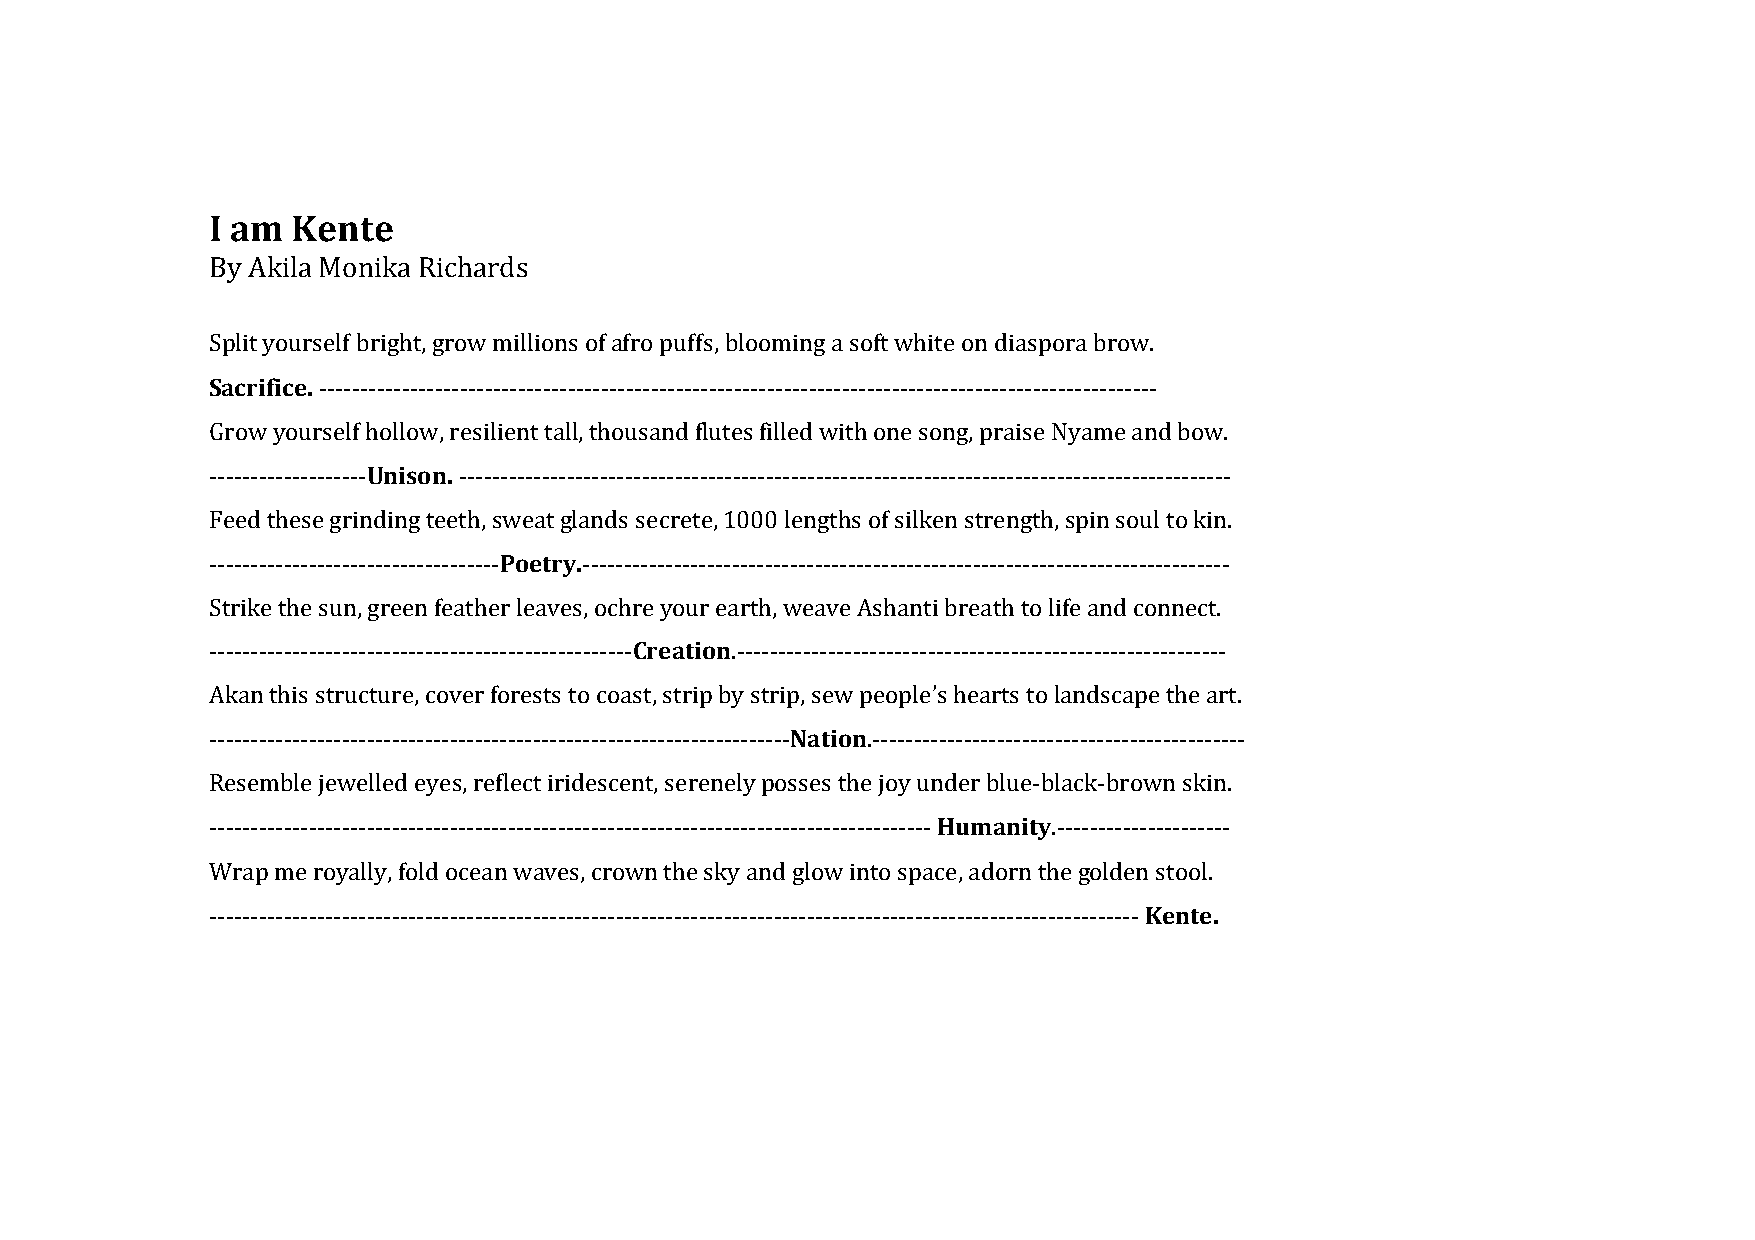
I am Kente
 By Akila Monika Richards
 Split yourself bright, grow millions of afro puffs, blooming a soft white on diaspora brow.
 Sacrifice. -----------------------------------------------------------------------------------------------------
 Grow yourself hollow, resilient tall, thousand flutes filled with one song, praise Nyame and bow.
 -------------------Unison. ---------------------------------------------------------------------------------------------
 Feed these grinding teeth, sweat glands secrete, 1000 lengths of silken strength, spin soul to kin.
 -----------------------------------Poetry.------------------------------------------------------------------------------
 Strike the sun, green feather leaves, ochre your earth, weave Ashanti breath to life and connect.
 ---------------------------------------------------Creation.-----------------------------------------------------------
 Akan this structure, cover forests to coast, strip by strip, sew people’s hearts to landscape the art.
 ----------------------------------------------------------------------Nation.---------------------------------------------
 Resemble jewelled eyes, reflect iridescent, serenely posses the joy under blue-black-brown skin.
 --------------------------------------------------------------------------------------- Humanity.---------------------
 Wrap me royally, fold ocean waves, crown the sky and glow into space, adorn the golden stool.
 ---------------------------------------------------------------------------------------------------------------- Kente.